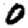
Digit: 0